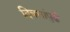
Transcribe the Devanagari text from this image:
दिवसांपुढे